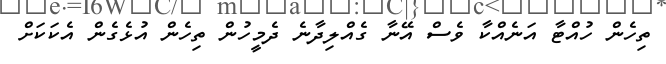
ތިހެން ހުއްޓާ އަނެއްކާ ވެސް އޭނާ ގެއްލިދާނެ ދެމީހުން ތިހެން އުޅެގެން އެކަކަށް